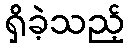
ရှိခဲ့သည့်